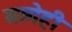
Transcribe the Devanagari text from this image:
मागेही